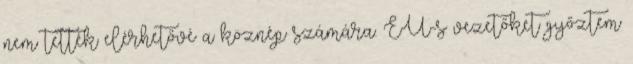
nem tették elérhetővé a köznép számára. EU-s vezetőket győztem